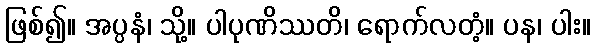
ဖြစ်၍။ အပ္ပနံ၊ သို့။ ပါပုဏိဿတိ၊ ရောက်လတံ့။ ပန၊ ပါး။